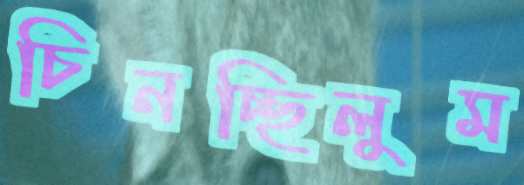
চিনচ্ছিলুম